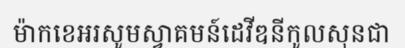
ម៉ាកខេអរសូមស្វាគមន៍ដេវីឌនីកូលសុនជា